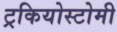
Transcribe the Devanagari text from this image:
ट्रकियोस्टोमी